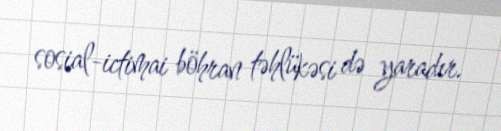
sosial-ictimai böhran təhlükəsi də yaradır.